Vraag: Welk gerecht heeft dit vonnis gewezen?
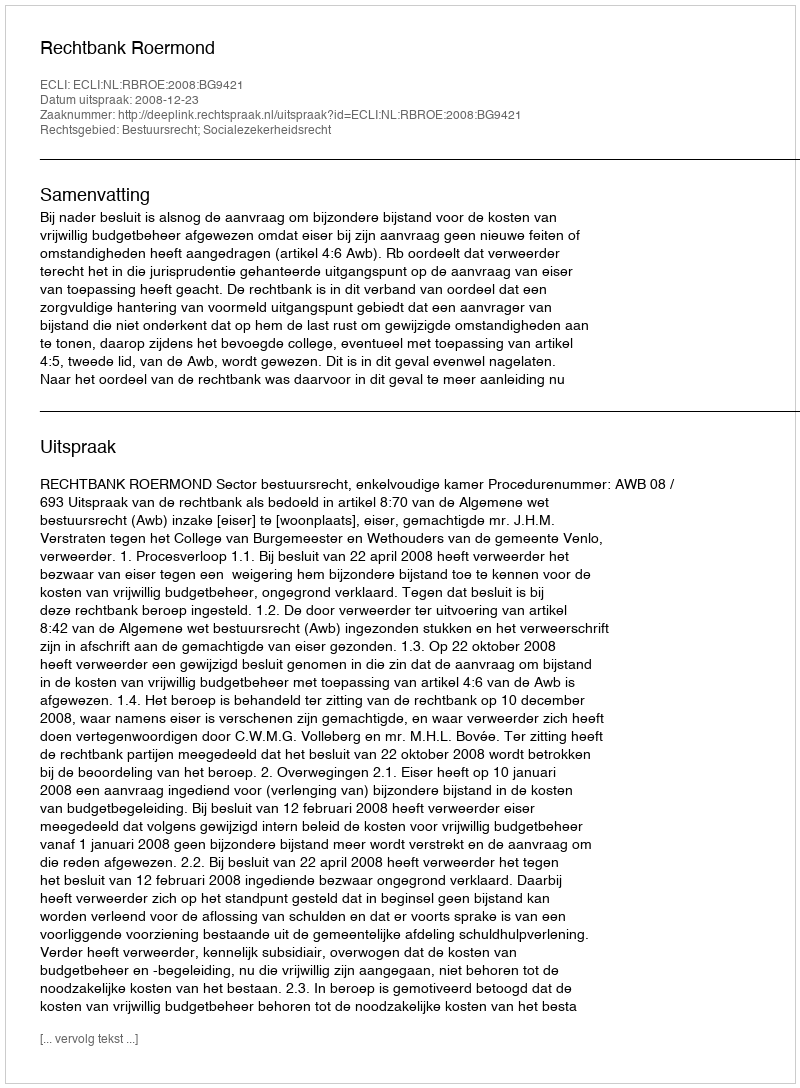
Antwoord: Rechtbank Roermond